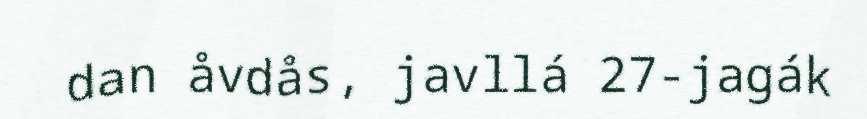
dan åvdås, javllá 27-jagák